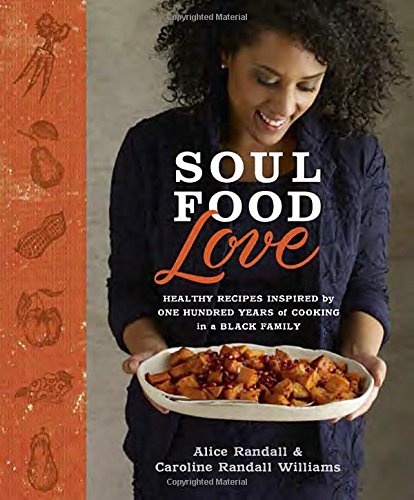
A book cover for Soul Food Love: Healthy Recipes Inspired by One Hundred Years of Cooking in a Black Family; Alice Randall; Cookbooks, Food & Wine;